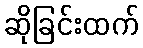
ဆိုခြင်းထက်